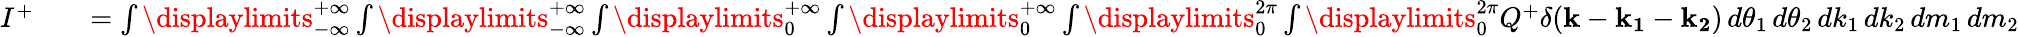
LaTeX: \begin{array}{rlr}{I^{+}}&{{}}&{=\int\displaylimits_{-\infty}^{+\infty}\int\displaylimits_{-\infty}^{+\infty}\int\displaylimits_{0}^{+\infty}\int\displaylimits_{0}^{+\infty}\int\displaylimits_{0}^{2\pi}\int\displaylimits_{0}^{2\pi}Q^{+}\delta(\mathbf{k}-\mathbf{k_{1}}-\mathbf{k_{2}})\, d\theta_{1}\, d\theta_{2}\, dk_{1}\, dk_{2}\, dm_{1}\, dm_{2}}\end{array}